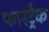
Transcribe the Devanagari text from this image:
फास्ट्रैक